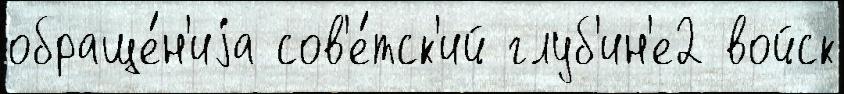
обраще́н'иjа сов'е́тск'ий глуб'ин'е2 войск